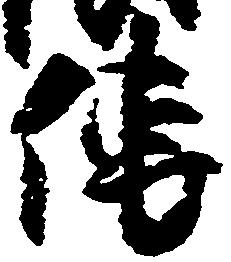
伝